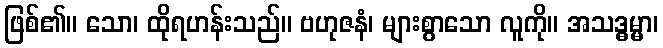
ဖြစ်၏။ သော၊ ထိုရဟန်းသည်။ ဗဟုဇနံ၊ များစွာသော လူကို။ အသဒ္ဓမ္မာ၊